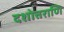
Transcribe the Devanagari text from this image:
दशोत्तराणि